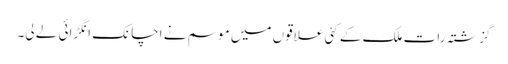
گزشتہ رات ملک کے کئی علاقوں میں موسم نے اچانک انگڑائی لے لی۔